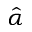
\hat { \alpha }